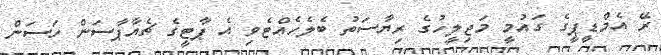
ރޭ އެމްޑީޕީގެ ގައުމީ މަޖިލީހުގެ ރިޔާސަތު ބެލެހެއްޓެވި އެ ޕާޓީގެ ޗެއާޕާސަން ހަސަން